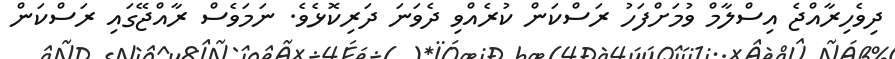
ދިވެހިރާއްޖެ އިސްލާމް ވުމަށްފަހު ރަސްކަން ކުރެއްވި ދެވަނަ ދަރިކޮޅެވެ. ނަމަވެސް ރާއްޖޭގައި ރަސްކަން